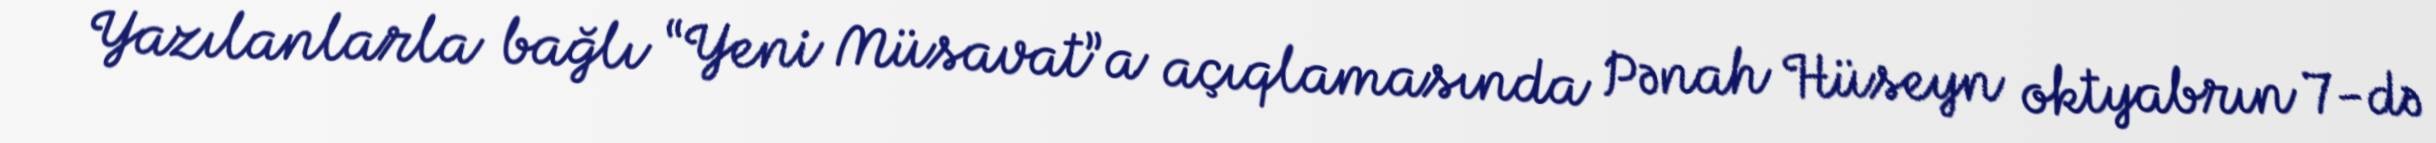
Yazılanlarla bağlı “Yeni Müsavat”a açıqlamasında Pənah Hüseyn oktyabrın 7-də